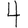
Digit: 4